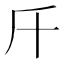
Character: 𣂑